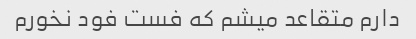
دارم متقاعد میشم که فست فود نخورم